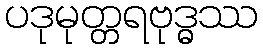
ပဒုမုတ္တရဗုဒ္ဓဿ